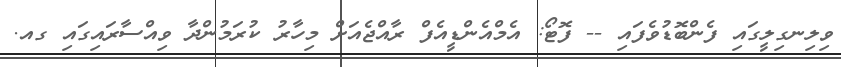
ވިލިނގިލީގައި ފެންބޮޑުވެފައި -- ފޮޓޯ: އެމްއެންޑީއެފް ރާއްޖެއަށް މިހާރު ކުރަމުންދާ ވިއްސާރައިގައި ގއ.